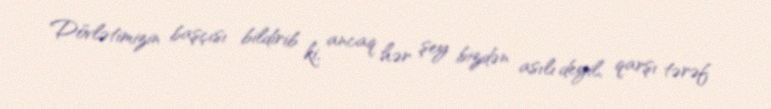
Dövlətimizin başçısı bildirib ki, ancaq hər şey bizdən asılı deyil, qarşı tərəf